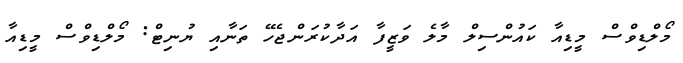
މޯލްޑިވްސް މީޑިއާ ކައުންސިލް މާލެ ވަޒީފާ އަދާކުރަންޖެހޭ ތަނާއި ޔުނިޓް: މޯލްޑިވްސް މީޑިއާ